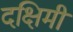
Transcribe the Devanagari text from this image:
दक्षिमी